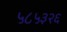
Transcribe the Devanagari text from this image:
५८५३२६